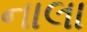
નાલા